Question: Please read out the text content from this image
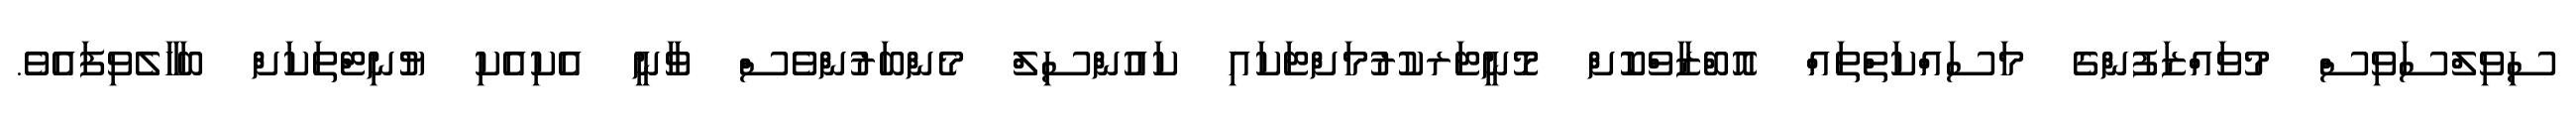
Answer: ސިވިލްސަވިސް މުވައްޒަފުންގެ މަސައްކަތްތައް އޮބްޒާވްކޮށް މޮނީޓަރކުރުމަށްޓަކައި ކައުންސިލް މެންބަރުންވެސް ވާނީ އެކިއެކި ޔުނިޓްތަކަށް ބަހާލެވިފައެވެ.